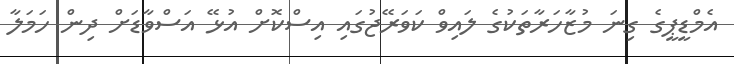
އެމްޑީޕީގެ ގިނަ މުޒާހަރާތަކުގެ ލައިވް ކަވަރޭޖުގައި އިސްކޮށް އުޅޭ އަސްވާޑަށް ދިން ހަމަލާ